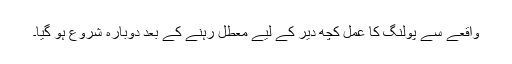
واقعے سے پولنگ کا عمل کچھ دیر کے لیے معطل رہنے کے بعد دوبارہ شروع ہو گیا۔